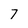
Character: 7